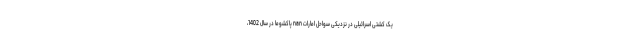
یک کشتی اسرائیلی در نزدیکی سواحل امارات nan پاکشوما در سال 1402،